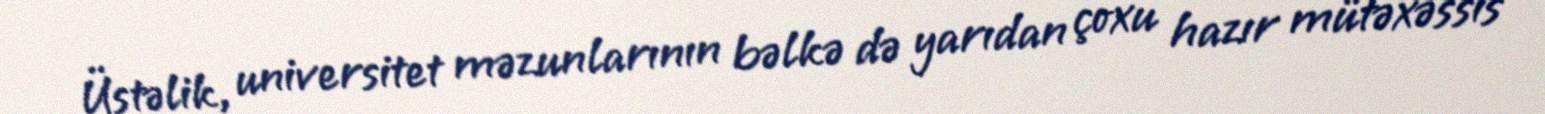
Üstəlik, universitet məzunlarının bəlkə də yarıdan çoxu hazır mütəxəssis